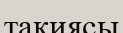
тақиясы